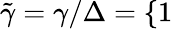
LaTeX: \tilde{\gamma}=\gamma/\Delta=\{ 1